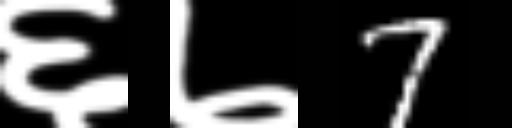
Text: ६७7